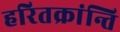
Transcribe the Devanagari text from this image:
हरितक्रांन्ति